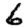
Digit: 6